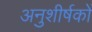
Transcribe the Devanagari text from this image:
अनुशीर्षकों